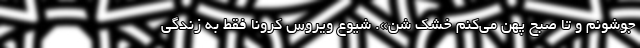
‌جوشونم و تا صبح پهن می‌کنم خشک شن». شیوع ویروس کرونا فقط به زندگی